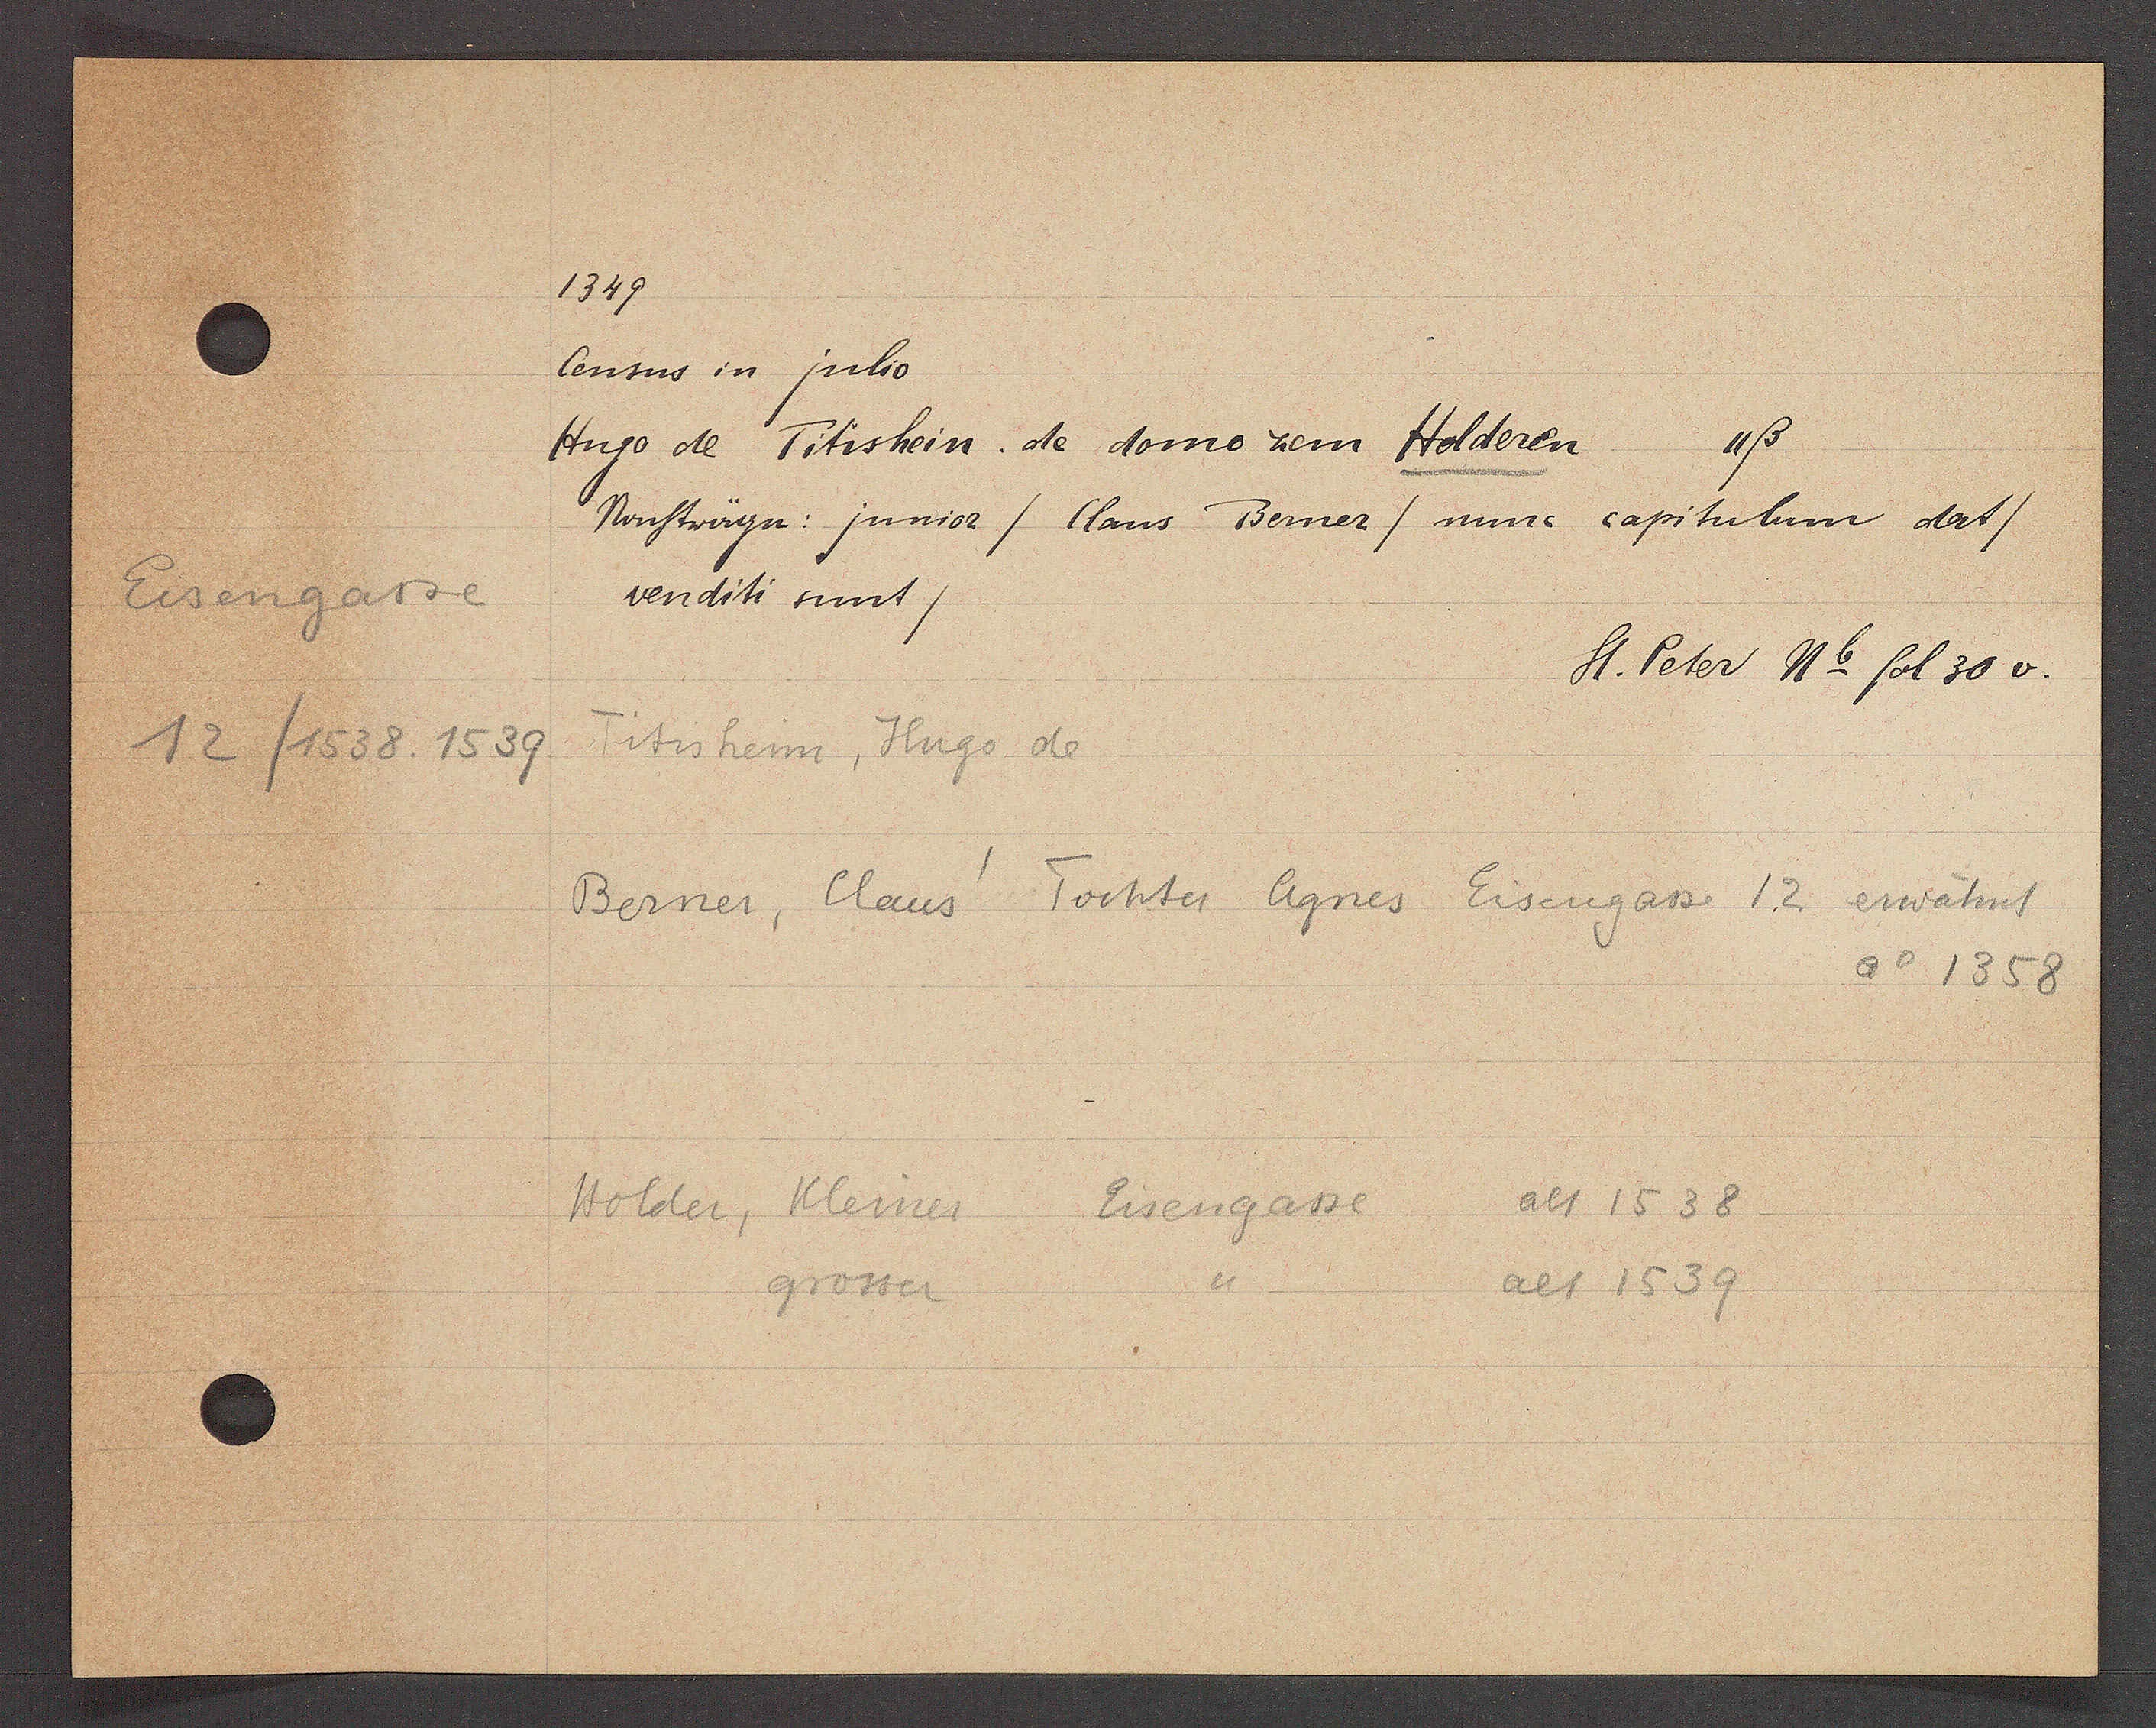
Transcript:
Eisengasse
12/1558 1537

1349.

Census in juhio
4ß.
Hugo de Titishein de domo zem Holderen
Nonstwirgn: jnnior ClausBerner) nine capitulum dat)
venditi uit)

Fitisheim, Hugo de
Berner, Claus Tochter Agnes Eisengasse 12 erwähit
Ao 1358

Eisengasse
alt 1538
Holder, Kleiner
grosser
alt 1539

St. Peter Nb fol. 30 v.